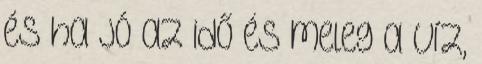
és ha jó az idő és meleg a víz,